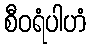
စီဝရံပါဟံ